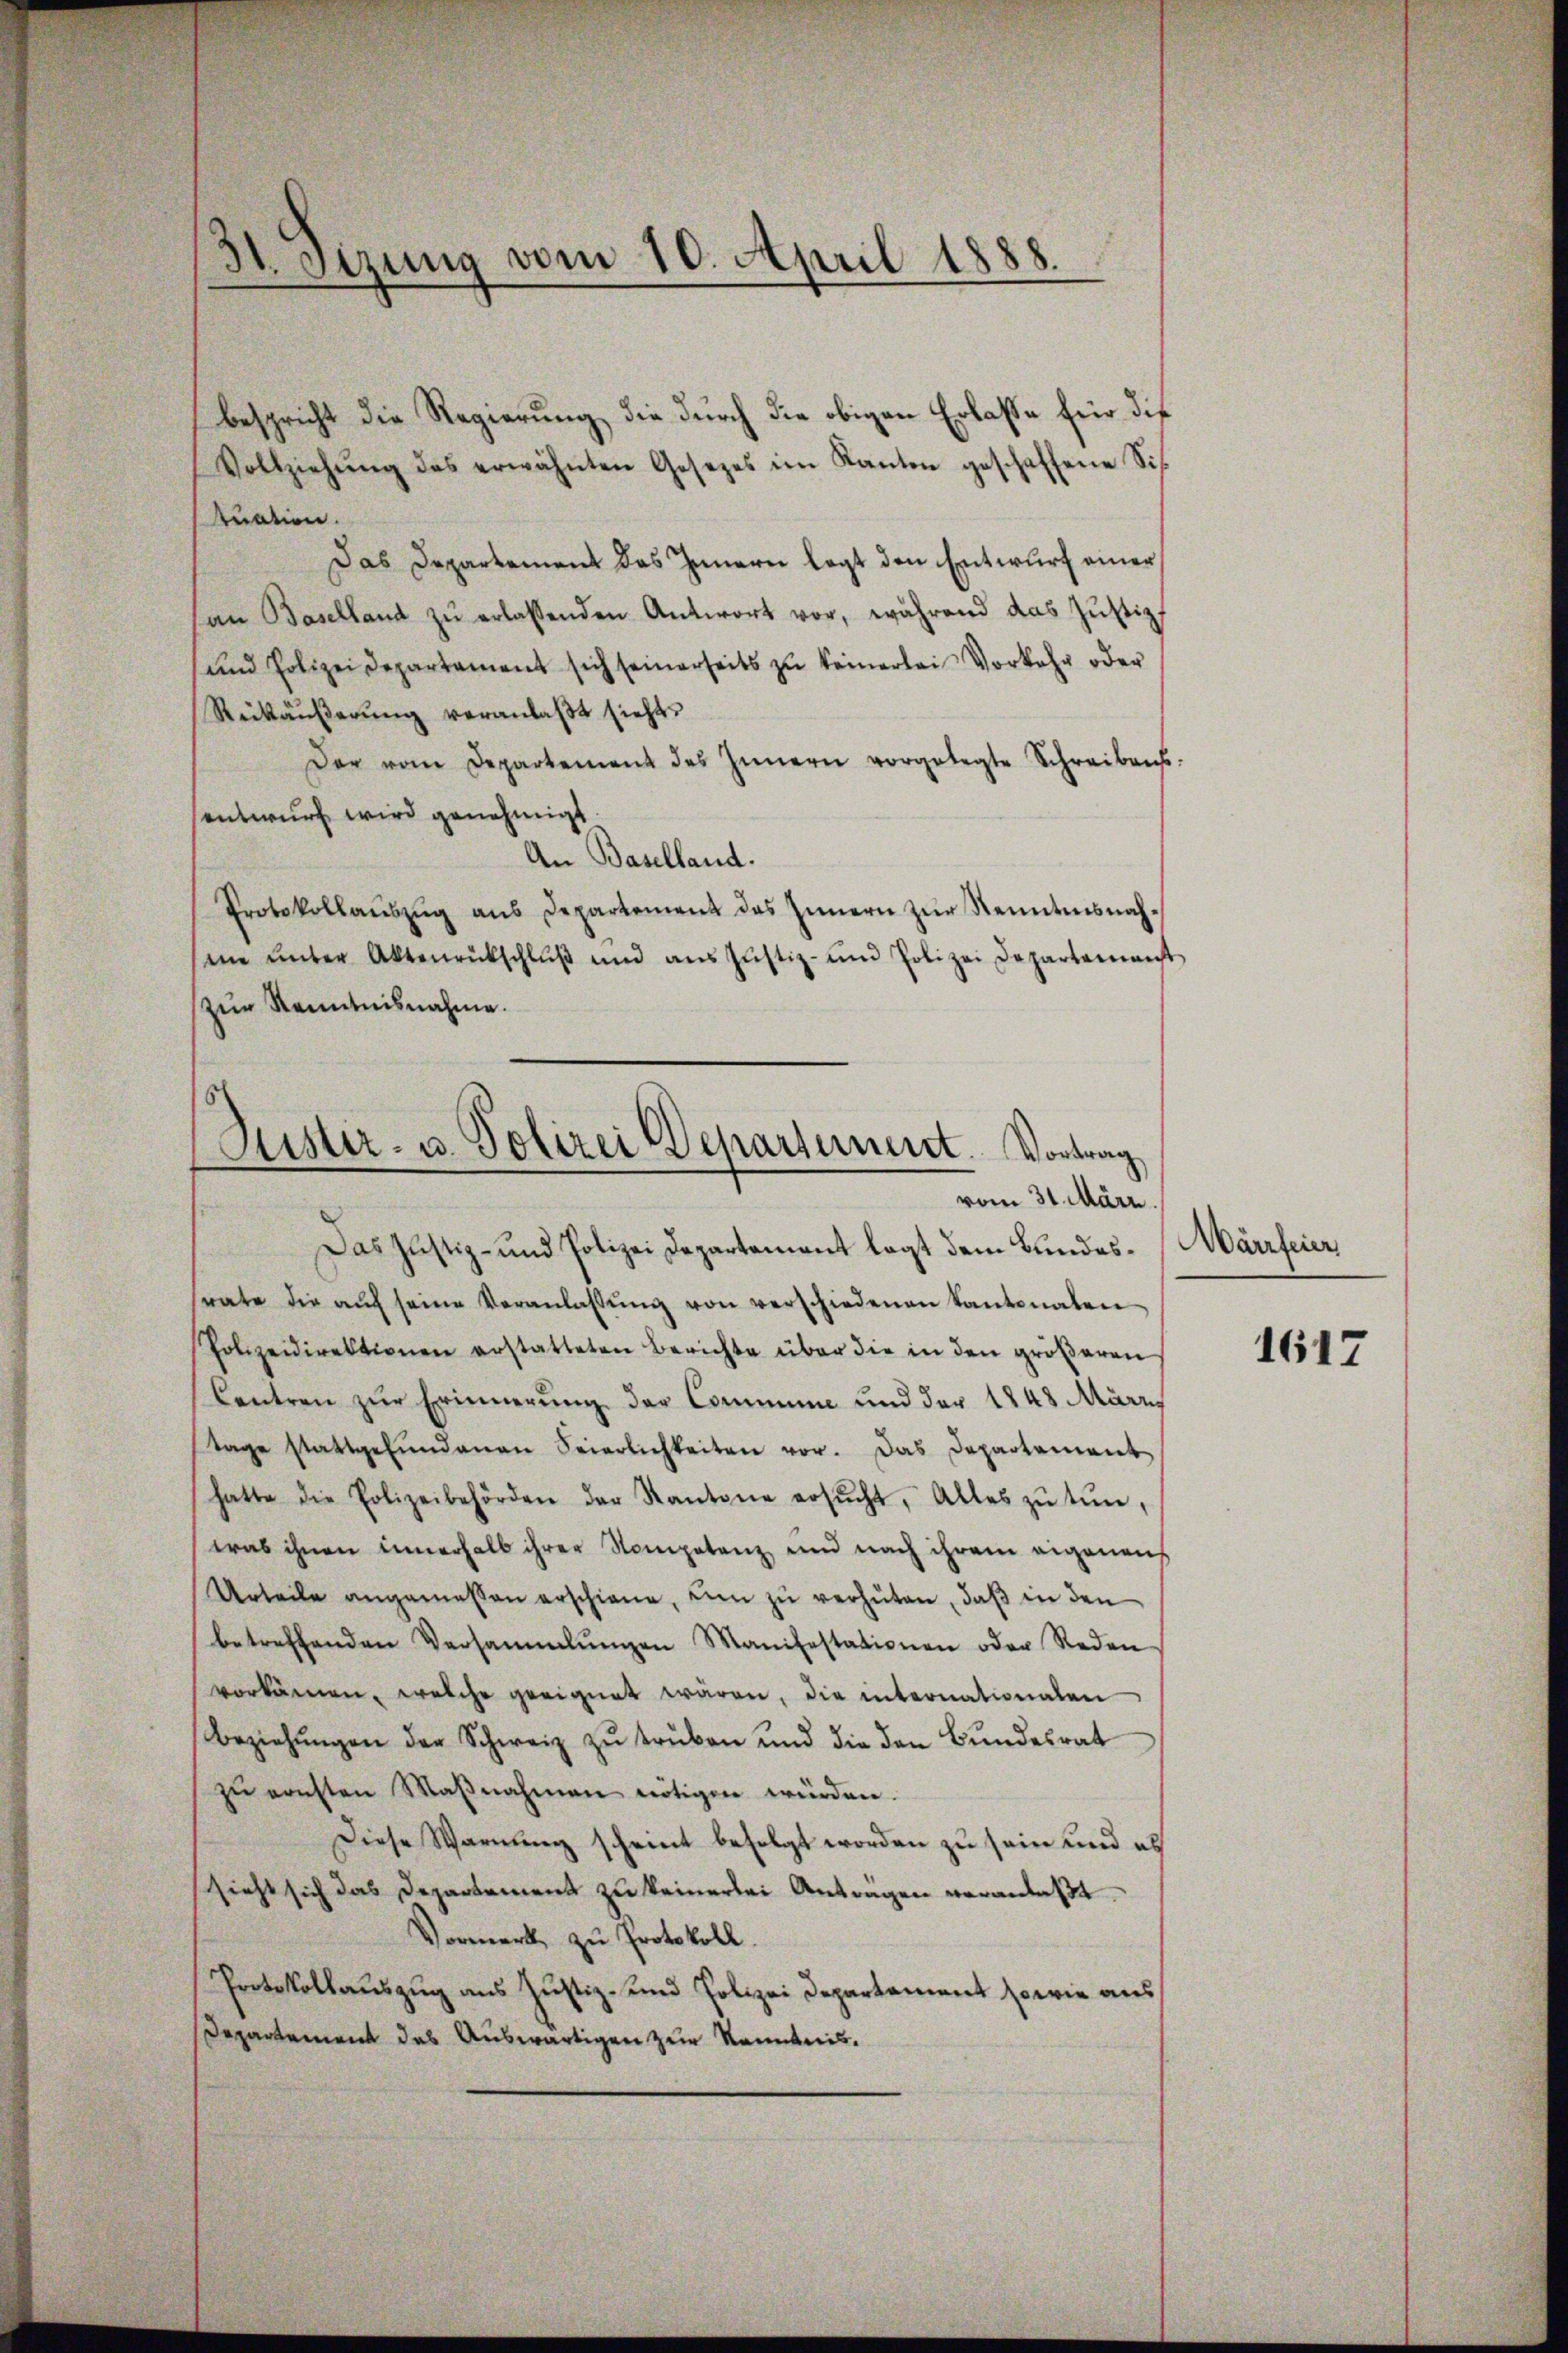
St. Sitzung vom 10. April 1888.

bespricht die Regierung, die durch die obigen Erlasse für die
Vollziehŭng des erwähnten Gesezes im Kanton geschaffene Sis
tuation.
Das Departement das Innern legt den Entwurf einer
an Baselland zŭ erlassenden Antwort vor, während das Jŭstiz,
und Polizeidepartament sich seinerseits zŭ keinerlei Vorkehr oder
Rückäußerung veranlaßt sieht.
Der vom Departement des Innern vorgelegte Schreibens:
entwurf wird genehmigt
An Baselland.
Protokollaŭszŭg ans Departement das Innern zŭr Kenntnisnahme ŭnter Aktenrückschlŭβ und ans Jŭstiz- und Polizei Departement
zŭr Kenntnisnahme.
Das Justiz- und Polizei Departement legt dem Bundesrate die aŭf seine Veranlassŭng von verschiedenen Kantonalen
Polizeidirektionen erstatteten Berichte über die in den gröβeren
Centren zur Erinnerung der Comminie und der 1848 März,
tage stattgefŭndenen Seierlichkeiten vor. Das Departement
hatte die Polizeibehörden der Kantone ersŭcht. Alles zŭ tŭn,
was ihnen innerhalb ihrer Kompetenz und nach ihrem eigenens
Urteile angemessen erschiene, um zŭ verhüten, daß in den
betreffenden Versammlungen Manifestationen oder Reden
vorkamen, welche geeignet wären, die internationalen
Beziehŭngen der Schweiz zu trüben und die den Bundesrat
zŭ ernsten Maβnahmen nötigen würden.
Diese Warnung scheint befolgt worden zu sein und es
sieht sich das Departement zu keinerlei Anträgen veranlaßt
Vormerk zu Protokoll.
Protokollauszug aus Justiz- und Polizei Departement sowie aus
Departement das Auswärtigen zur Kenntnis.

Zuster- u. Polizei Departement. Vortrag
vom 31. März.

Märrfeier

1617